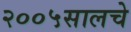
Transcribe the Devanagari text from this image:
२००५सालचे